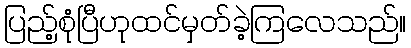
ပြည့်စုံပြီဟုထင်မှတ်ခဲ့ကြလေသည်။